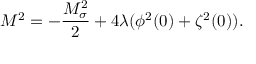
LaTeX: M ^ { 2 } = - \frac { M _ { \sigma } ^ { 2 } } { 2 } + 4 \lambda ( \phi ^ { 2 } ( 0 ) + \zeta ^ { 2 } ( 0 ) ) .